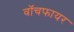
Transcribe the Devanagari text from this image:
वॉचफायर